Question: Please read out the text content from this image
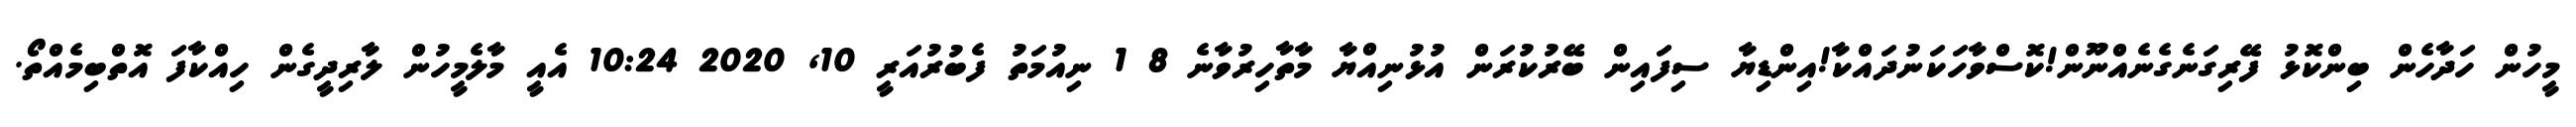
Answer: މީހުން ހަދާހެން ބިންކޮޅު ފޭރިގަނެގެނެއްނޫން!ކޮސްވާހަކަނުދައްކާ!އިންޑިޔާ ސިފައިން ބޭރުކުރަން އުޅުނިއްޔާ މާތާހިރުވާނެ 8 1 ނިއުމަތު ފެބުރުއަރީ 10, 2020 10:24 އެއީ މާލެމީހުން ލާރިދީގެން ހިއްކާފަ އޮތްބިމެއްތޯ.